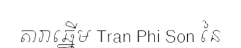
តារាឆ្នើម Tran Phi Son នៃ